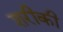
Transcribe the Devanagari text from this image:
शरीकी